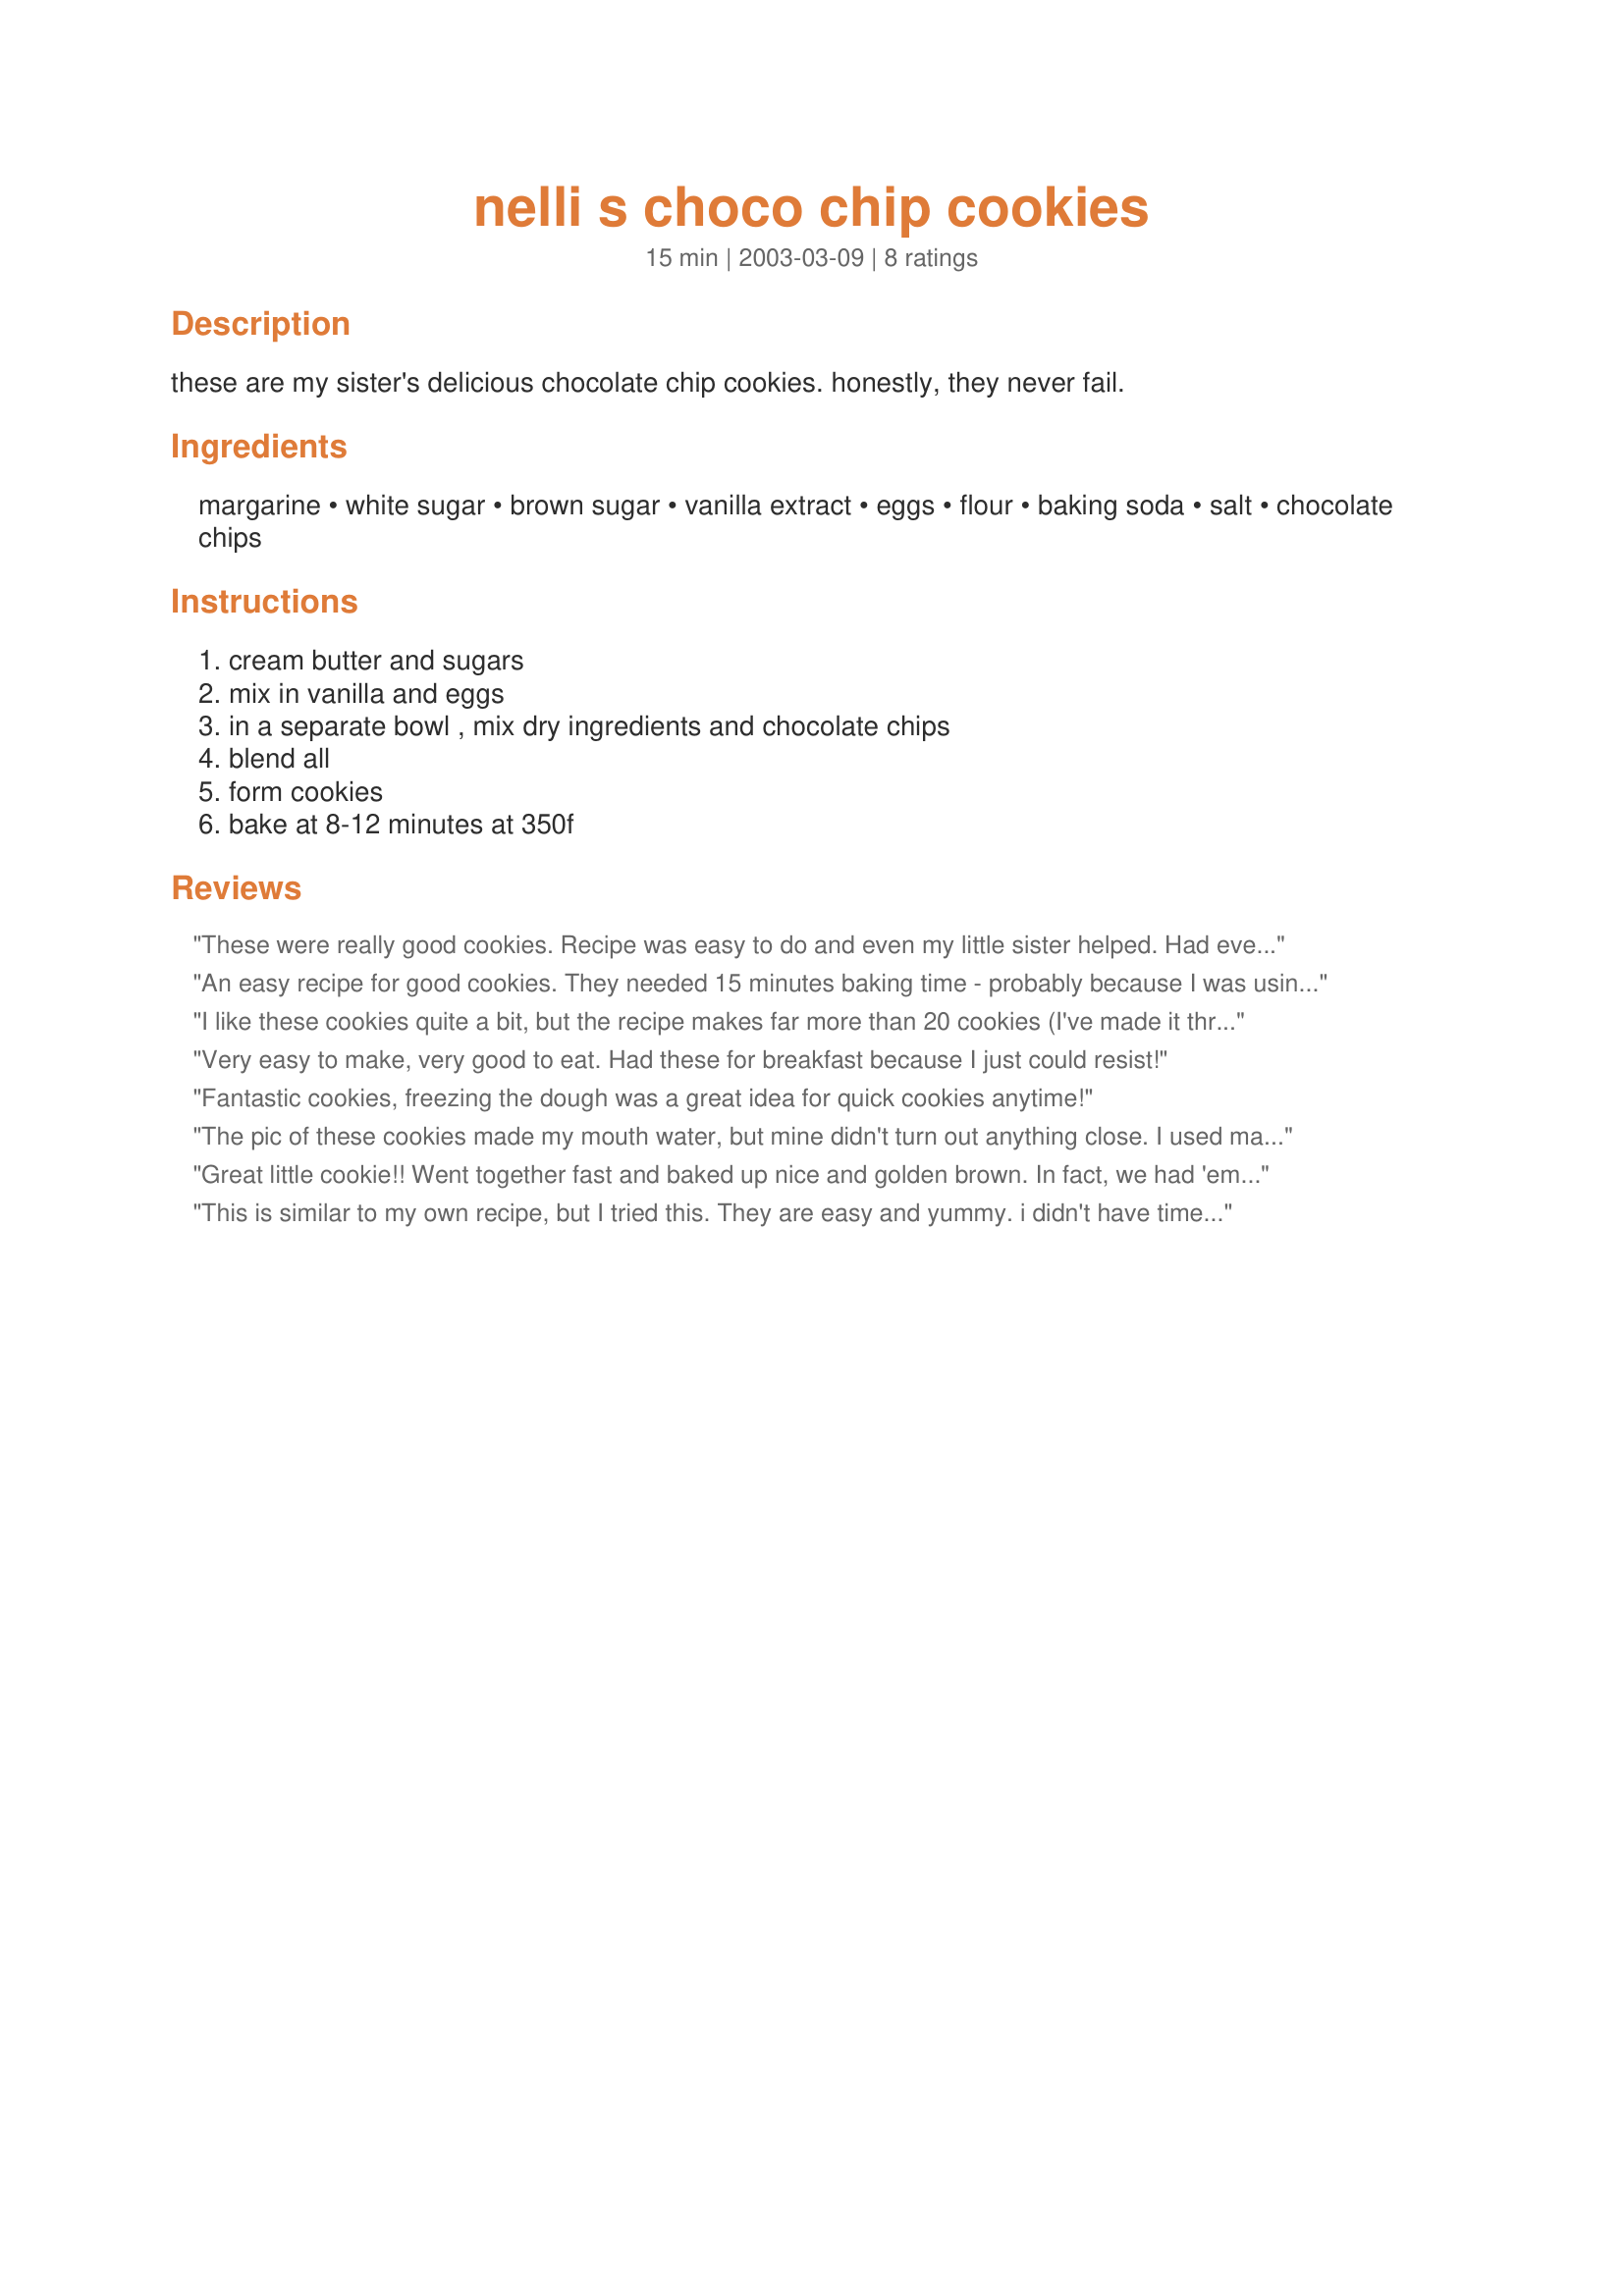
nelli s choco chip cookies
Preparation time: 15 minutes

these are my sister's delicious chocolate chip cookies. honestly, they never fail.

Ingredients:
margarine, white sugar, brown sugar, vanilla extract, eggs, flour, baking soda, salt, chocolate chips

Steps:
cream butter and sugars, mix in vanilla and eggs, in a separate bowl , mix dry ingredients and chocolate chips, blend all, form cookies, bake at 8-12 minutes at 350f

Reviews:
These were really good cookies. Recipe was easy to do and even my little sister helped. Had everything in the pantry. Great cookie to make with staples from the cupboard. Family loved them, 
Thank you Miraklegirl =)
An easy recipe for good cookies. They needed 15 minutes baking time - probably because I was using an air insulated cookie sheet.
I like these cookies quite a bit, but the recipe makes far more than 20 cookies (I've made it three times and each time I get 30 large cookies)

BUT...a great recipe nonetheless.
Very easy to make, very good to eat. Had these for breakfast because I just could resist!
Fantastic cookies, freezing the dough was a great idea for quick cookies anytime!
The pic of these cookies made my mouth water, but mine didn't turn out anything close. I used margarine and 1/2 cup Eggbeaters (equals 2 eggs) due to dietary reasons. I followed the remainder of the recipe exactly. I dropped by tablespoonfuls onto cold, ungreased cookie sheets. My cookies turned out to be the texture of cookie bars, soft and dense, and fairly thick. I prefer my cookies slightly thin, crisp and chewy. When my first batch turned out unlike what I wanted, I thought maybe using a warm pan and flattening the dough a bit would help them spread, as there was virtually no spread at all in the first batch. That didn't work. I was too unsure about thinning the batter with something (like water?), and yet the batter to me looked like it should have made crisp and chewy cookies. I cooked these for about 11-12 mins and let them cool for about 5 mins on the cookie sheet before removing to a wire rack. They did taste good, though, and this recipe for me made 29 small-medium sized cookies. Thank you for sharing a your sis's nice recipe, Miraklegirl, if I try this recipe again, I might try to experiment - perhaps I should have greased the cookies sheets as well as placed the dough while the sheets were hot? Can you tell I'm a novice cook? Lol! :)
Great little cookie!! Went together fast and baked up nice and golden brown. In fact, we had 'em for dessert after breakfast this a.m.!!
Thanks, Kiddo, these were fun to make! I'll do 'em again! Laudee
This is similar to my own recipe, but I tried this. They are easy and yummy. i didn't have time to make individual cookies so I just spread it out on the cookie sheet and then cut them into bars. Everyone loved them and couldn't stop eating them till the plate was empty!
